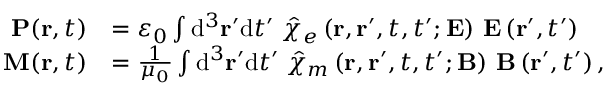
{ \begin{array} { r l } { \mathbf { P } ( \mathbf { r } , t ) } & { = \varepsilon _ { 0 } \int \mathrm { { d } } ^ { 3 } \mathbf { r } ^ { \prime } \mathrm { { d } } t ^ { \prime } \; { \hat { \chi } } _ { e } \left( \mathbf { r } , \mathbf { r } ^ { \prime } , t , t ^ { \prime } ; \mathbf { E } \right) \, \mathbf { E } \left( \mathbf { r } ^ { \prime } , t ^ { \prime } \right) } \\ { \mathbf { M } ( \mathbf { r } , t ) } & { = { \frac { 1 } { \mu _ { 0 } } } \int \mathrm { { d } } ^ { 3 } \mathbf { r } ^ { \prime } \mathrm { { d } } t ^ { \prime } \; { \hat { \chi } } _ { m } \left( \mathbf { r } , \mathbf { r } ^ { \prime } , t , t ^ { \prime } ; \mathbf { B } \right) \, \mathbf { B } \left( \mathbf { r } ^ { \prime } , t ^ { \prime } \right) , } \end{array} }